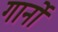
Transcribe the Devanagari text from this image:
गार्नो